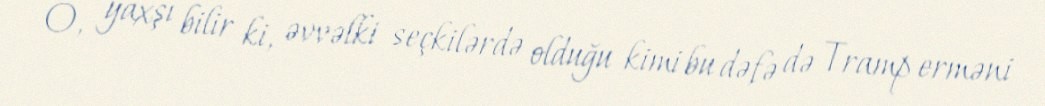
O, yaxşı bilir ki, əvvəlki seçkilərdə olduğu kimi bu dəfə də Tramp erməni